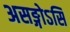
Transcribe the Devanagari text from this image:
असङ्गोऽसि